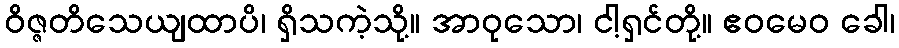
ဝိဇ္ဇတိသေယျထာပိ၊ ရှိသကဲ့သို့။ အာဝုသော၊ ငါ့ရှင်တို့။ ဧဝမေဝ ခေါ၊